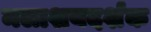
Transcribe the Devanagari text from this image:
मलाशयदर्शक